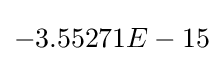
-3.55271E-15